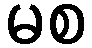
မစ